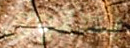
يحتوى